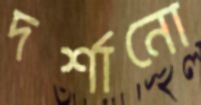
দর্শানো